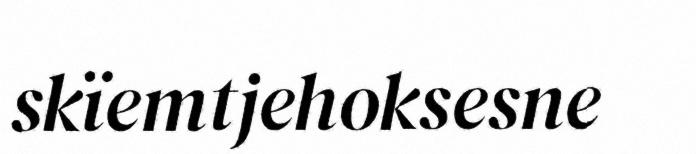
skïemtjehoksesne